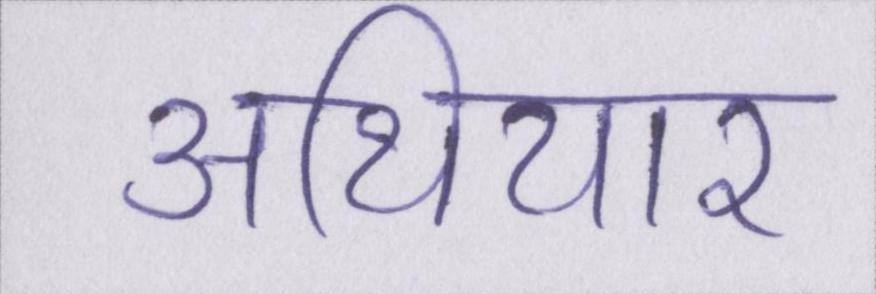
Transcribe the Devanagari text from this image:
अथियार